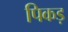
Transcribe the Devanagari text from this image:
पिकड़